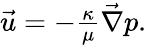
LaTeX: \begin{array}{r}{\vec{u}=-\frac{\kappa}{\mu}\vec{\nabla}p.}\end{array}